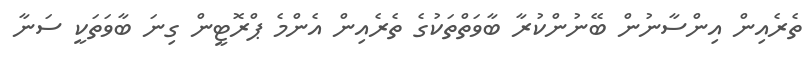
ތެރެއިން އިންސާނުން ބޭނުންކުރާ ބާވަތްތަކުގެ ތެރެއިން އެންމެ ޕްރޮޓީން ގިނަ ބާވަތަކީ ސަނާ